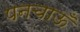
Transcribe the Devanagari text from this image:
पनचाऊँ